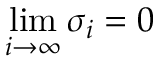
\operatorname* { l i m } _ { i \to \infty } \sigma _ { i } = 0